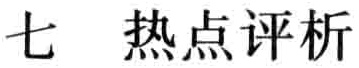
七 热点评析